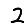
Digit: 2